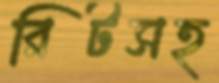
রিটসহ